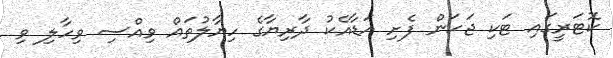
ކޮޓަރީގައި ޓަކި ޖަހަން ފެށި އަޑާއެކު ދާރިޔާގެ ހިޔާލުތައް ވިއްސި ވިހާލި ވި